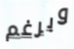
وبرغم